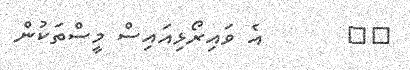
٢٠       އެ ވައިރޯޅިއައިސް މީސްތަކުން